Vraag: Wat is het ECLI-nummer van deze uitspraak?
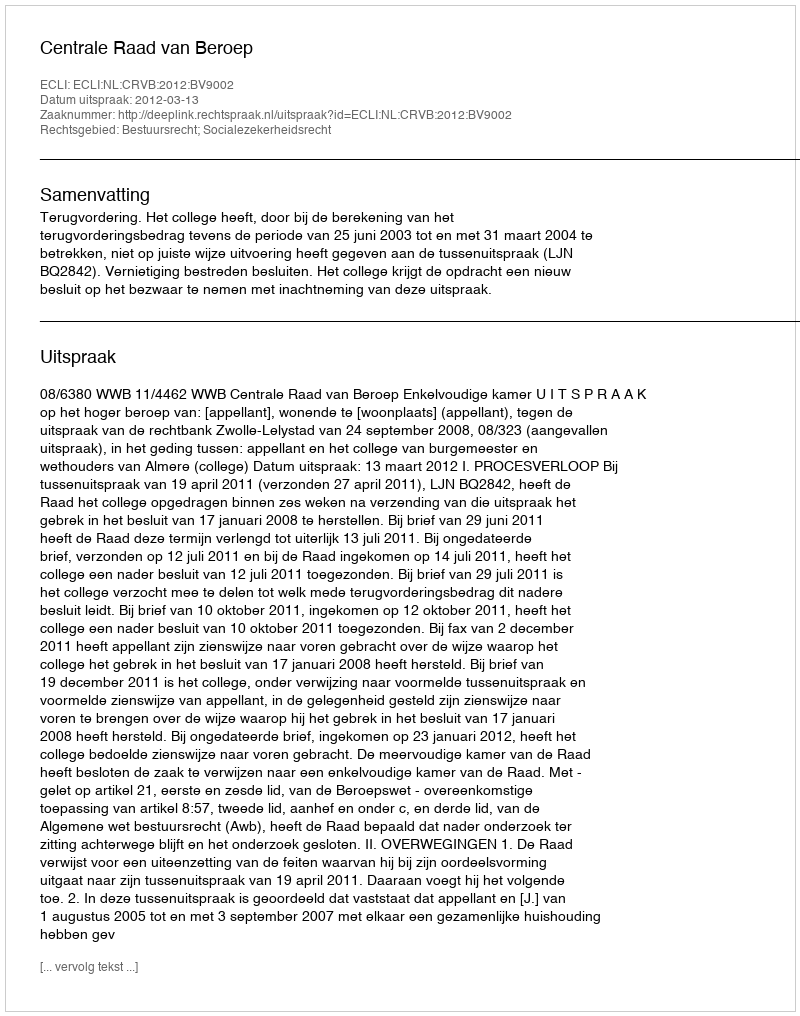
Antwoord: ECLI:NL:CRVB:2012:BV9002